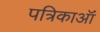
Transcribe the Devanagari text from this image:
पत्रिकाऑं